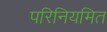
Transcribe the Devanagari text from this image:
परिनियमित